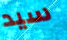
سيد